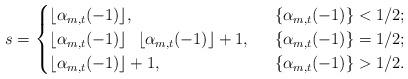
LaTeX: \begin{align*}s= \begin{cases} \lfloor \alpha_{m,t}(-1)\rfloor , &\ \ \{ \alpha_{m,t}(-1)\}< 1/2; \\ \lfloor \alpha_{m,t}(-1)\rfloor \ \ \lfloor \alpha_{m,t}(-1)\rfloor +1, &\ \ \{ \alpha_{m,t}(-1)\}= 1/2; \\ \lfloor \alpha_{m,t}(-1)\rfloor +1, &\ \ \{ \alpha_{m,t}(-1)\}> 1/2.\end{cases}\end{align*}